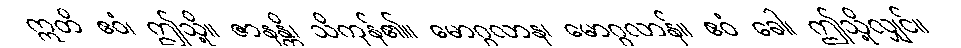
ဣတိ ဧဝံ၊ ဤသို့။ ဇာနန္တိ၊ သိကုန်၏။ မောဂ္ဂလာန၊ မောဂ္ဂလာန်။ ဧဝံ ခေါ၊ ဤသို့လျှင်။